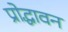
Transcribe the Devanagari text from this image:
प्रोद्धावन